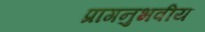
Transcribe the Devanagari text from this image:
प्रागनुभवीय